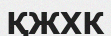
ҚЖХК